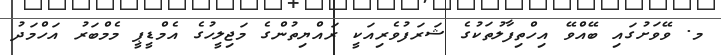
މ. ވޭވަށުގައި ބޭއްވޭ އިހްތިފާލުތަކުގެ ޝަރަފުވެރިއަކީ ރައްޔިތުންގެ މަޖިލީހުގެ އެމްޑީޕީ މެމްބަރު އަހްމަދު